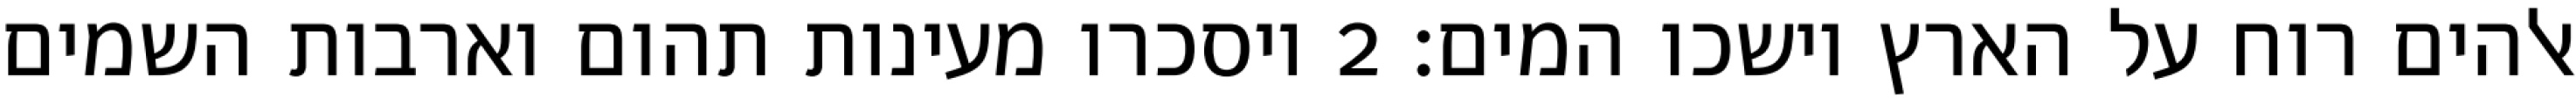
אלהים רוח על הארץ וישכו המים׃ ‎2‏ ויסכרו מעינות תהום וארבות השמים